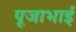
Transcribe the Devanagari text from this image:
पूजाभाई